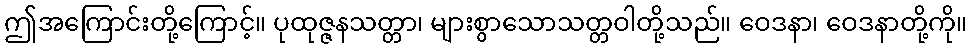
ဤအကြောင်းတို့ကြောင့်။ ပုထုဇ္ဇနသတ္တာ၊ များစွာသောသတ္တဝါတို့သည်။ ဝေဒနာ၊ ဝေဒနာတို့ကို။